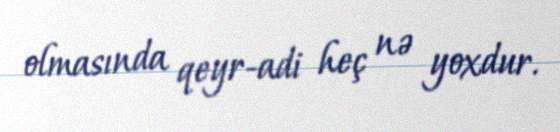
olmasında qeyr-adi heç nə yoxdur.